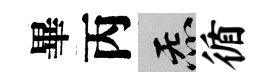
畢丙炁循